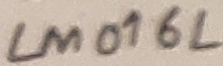
Text: LM016L